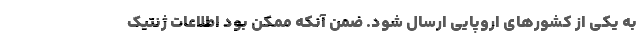
به یكی از كشورهای اروپایی ارسال شود. ضمن آنكه ممكن بود اطلاعات ژنتیك